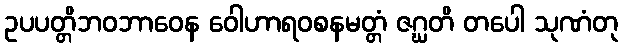
ဥပပတ္တိဘဝဘာဝေန ဝေါဟာရဝစနမတ္တံ ဇဂ္ဃတိ တပေါ သုဏံတု